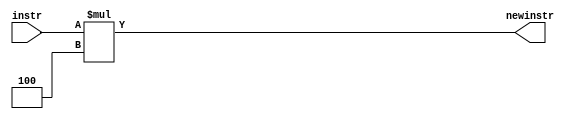




module shiftleft2(instr, newinstr);

	input [25:0] instr;
	output [27:0] newinstr;

	assign newinstr = instr*4;

endmodule // extend

/*
module test();
   wire [31:0]instr = 32'h 86000031;
   wire [31:0] newin;
   
    initial
     $monitor("immed:%h extend:%h",instr,newin);
  shiftleft2 s(instr,newin);
   
endmodule // test
*/